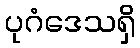
ပုဂံဒေသရှိ